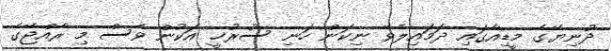
ދުނިޔޭގެ މީޑިއާގައި ދަމައިލެވޭ ނިކަން ހަނި ސުރުޚީ އަކުން ވެސް މި ރާއްޖޭގެ